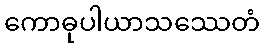
ကောဓုပါယာသဿေတံ